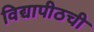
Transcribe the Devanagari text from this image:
विद्यापीठची